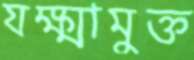
যক্ষ্মামুক্ত